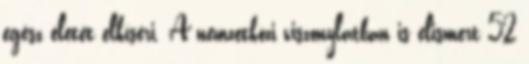
egész életét elkíséri. A nemzetközi viszonylatban is elismert 52